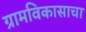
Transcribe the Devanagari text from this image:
ग्रामविकासाचा